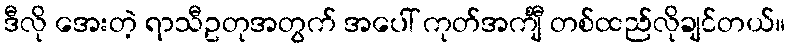
ဒီလို အေးတဲ့ ရာသီဥတုအတွက် အပေါ် ကုတ်အင်္ကျီ တစ်ထည်လိုချင်တယ်။